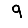
Digit: 9